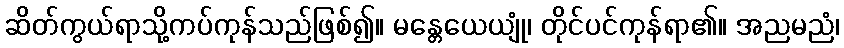
ဆိတ်ကွယ်ရာသို့ကပ်ကုန်သည်ဖြစ်၍။ မန္တေယေယျုံ၊ တိုင်ပင်ကုန်ရာ၏။ အညမညံ၊